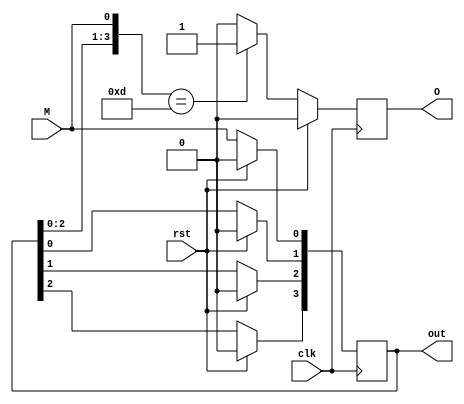
`timescale 1ns / 1ps

module inv(clk,rst,M, O, out);
input clk,rst,M;
output O;
output [3:0]out;
reg [3:0]out;
reg O;

initial begin
    out=4'b0000;
    O=1'b0;
end

always @(posedge clk) begin 
if(rst) begin
    out = 4'b0000;
    O = 1'b0;
end
else begin
    out[3] = out[2];
    out[2] = out[1];
    out[1] = out[0];
    out[0] = M;
    if(out == 4'b1101) O = 1'b1;
    else O = 1'b0;
end

end
endmodule